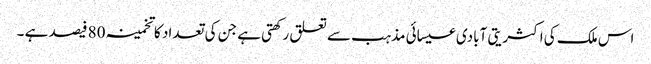
اس ملک کی اکثریتی آبادی عیسائی مذہب سے تعلق رکھتی ہے جن کی تعداد کا تخمینہ 80 فیصد ہے ۔